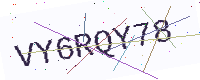
Text: VY6RQY78